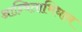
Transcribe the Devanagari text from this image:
आन्विताभिधान